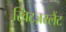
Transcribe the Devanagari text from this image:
स्विट्ज़रलैंट